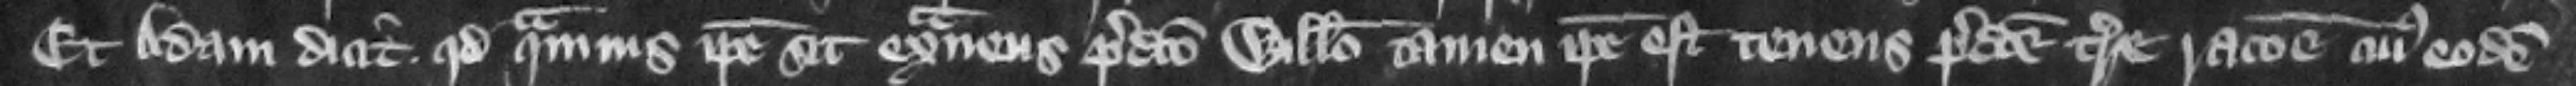
Et Adam dicit quod quamuis ipse sit extraneus predicto Willelmo tamen ipse est tenens predicte terre racione cuius eodem